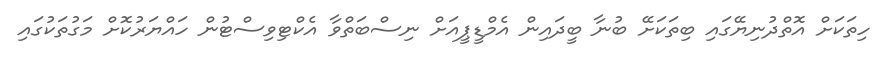
ހިތަކަށް އޮތްދުނިޔޭގައި ބިތަކަށޭ ބުނާ ބީދައިން އެމްޑީޕީއަށް ނިސްބަތްވާ އެކްޓިވިސްޓުން ހައްޔަރުކޮށް މަގުތަކުގައި